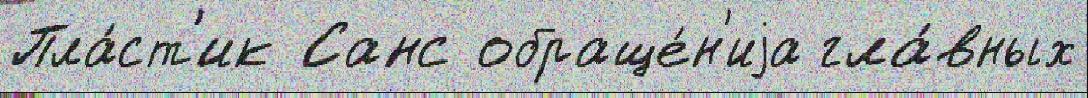
Пла́ст'ик Санс обраще́н'иjа гла́вных